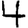
Digit: 4